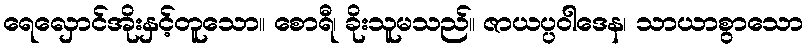
ရေလှောင်အိုးနှင့်တူသော။ စောရီ၊ ခိုးသူမသည်။ ဇာယပ္ပဝါဒေန၊ သာယာစွာသော